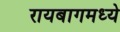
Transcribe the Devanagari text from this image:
रायबागमध्ये